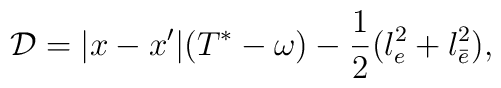
{\cal D}=|x-x'|(T^*-\omega)-\frac{1}{2}(l_e^2+l_{\bar{e}}^2),